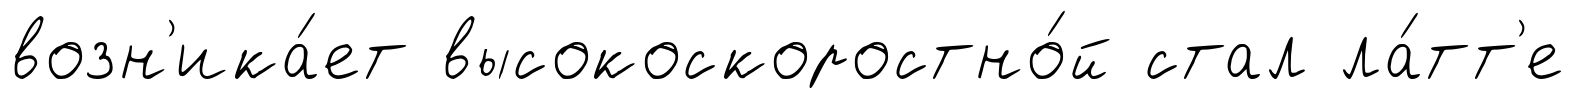
возн'ика́ет высокоскоростно́й стал ла́тт'е